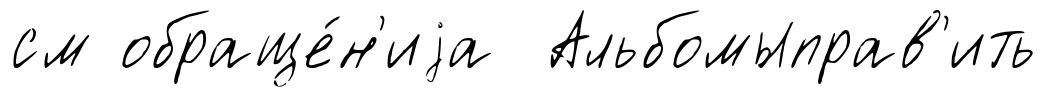
см обраще́н'иjа Альбомыправ'ить